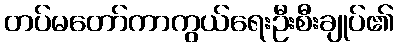
တပ်မတော်ကာကွယ်ရေးဦးစီးချုပ်၏